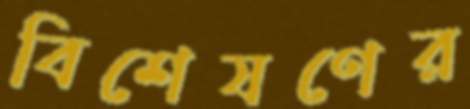
বিশেষণের